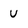
Character: U